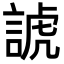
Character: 諕